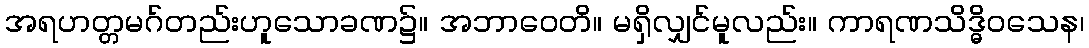
အရဟတ္တမဂ်တည်းဟူသောခဏ၌။ အဘာဝေတိ။ မရှိလျှင်မူလည်း။ ကာရဏသိဒ္ဓိဝသေန၊